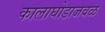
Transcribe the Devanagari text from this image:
कालाघोडाजवळ